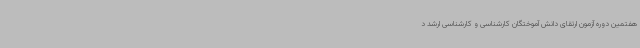
هفتمین دوره آزمون ارتقای دانش آموختگان کارشناسی و کارشناسی ارشد د